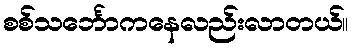
စစ်သင်္ဘောကနေလည်းလာတယ်။